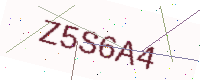
Text: Z5S6A4